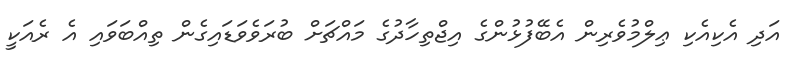
އަދި އެކިއެކި ޢިލްމުވެރިން އެބޭފުޅުންގެ އިޖްތިހާދުގެ މައްޗަށް ބުރަވެވަޑައިގެން ތިއްބަވައި އެ ރެއަކީ